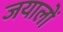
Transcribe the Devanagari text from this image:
जयालों